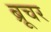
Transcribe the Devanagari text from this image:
ब्रूचर